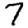
Digit: 7